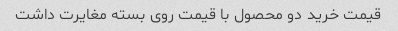
قیمت خرید دو محصول با قیمت روی بسته مغایرت داشت